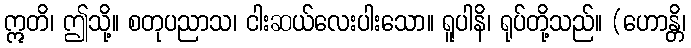
ဣတိ၊ ဤသို့။ စတုပညာသ၊ ငါးဆယ်လေးပါးသော။ ရူပါနိ၊ ရုပ်တို့သည်။ (ဟောန္တိ၊